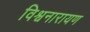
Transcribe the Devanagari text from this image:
विश्वनारायण